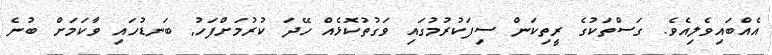
އެއްބައިވެލިއެވެ. ގަސްތަކުގެ ރީތިކަން ސިފަކުރުމުގައި ވަގުތުކޮޅެއް ހޭދަ ކުރުމަށްފަހު